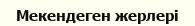
Мекендеген жерлері